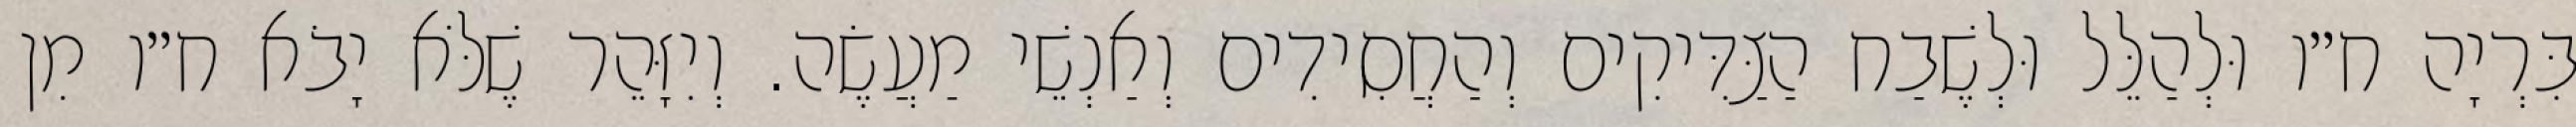
בִּרְיָה ח״ו וּלְהַלֵּל וּלְשֶׁבַח הַצַּדִּיקִים וְהַחֲסִידִים וְאַנְשֵׁי מַעֲשֶׂה. וְיִזָּהֵר שֶׁלֹּא יָבֹא ח״ו מִן